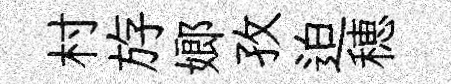
村斿嫏孜迫穂